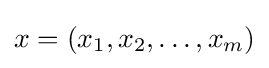
x=(x_{1},x_{2},\dots ,x_{m})